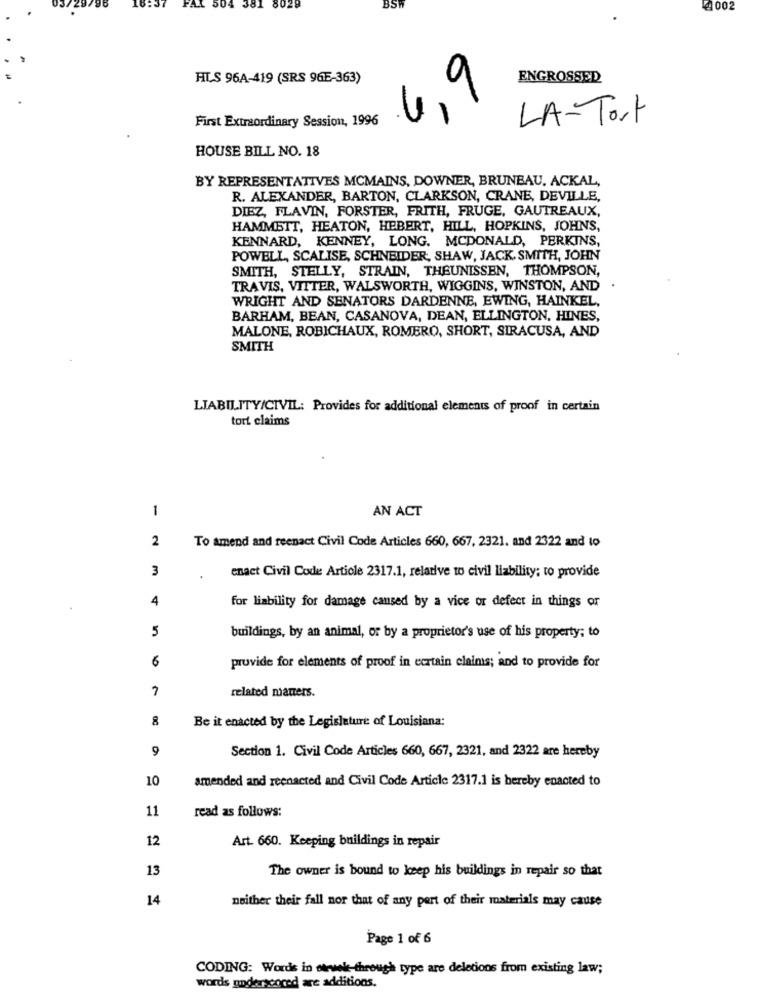
3029
504 38.
BSW
4. 002
HUS 96A-419 (SRS 96E-363)
ENGROSSED
6,9
First Extraordinary Session, 1996
LA-Tost
HOUSE BILL NO. 18
BY REPRESENTATIVES MCMAINS, DOWNER, BRUNBAU. ACKAL,
R. ALEXANDER, BARTON, CLARKSON, CRANE, DEVILLE,
DIEZ, FLAVIN, FORSTER, FRITH, FRUGE, GAUTREAUX,
HAMMETT, HEATON, HEBERT, HILL, HOPKINS, JOHNS,
KENNARD, KENNEY, LONG. MCDONALD, PERKINS,
POWELL, SCALISE, SCHNEIDER, SHAW, JACK. SMITH, JOHN
SMITH, STELLY, STRAIN, THEUNISSEN, THOMPSON,
TRAVIS, VITTER, WALSWORTH, WIGGINS, WINSTON, AND
WRIGHT AND SENATORS DARDENNE, EWING, HAINKEL,
BARHAM, BEAN, CASANOVA, DEAN, ELLINGTON, HINES,
MALONE, ROBICHAUX, ROMERO, SHORT, SIRACUSA, AND
SMITH
LIABILITY/CIVIL: Provides for additional elements of proof in certain
tort claims
1
AN ACT
2
To amend and reenact Civil Code Articles 660, 667, 2321. and 2322 and to
3
enact Civil Code Article 2317.1, relative to civil liability; to provide
4
for liability for damage caused by a vice or defect in things or
5
buildings, by an animal, or by a proprietor's use of his property; to
6
provide for elements of proof in certain claims; and to provide for
7
related matters.
8
Be it enacted by the Legislature of Louisiana:
9
Section 1. Civil Code Articles 660, 667, 2321, and 2322 are hereby
10
amended and reenacted and Civil Code Article 2317.] is hereby enacted to
11
read as follows:
12
Art. 660. Keeping buildings in repair
13
The owner is bound to keep his buildings in repair so that
14
neither their fall nor that of any pert of their materials may cause
Page 1 of 6
CODING: Words in strweke-through type are deletions from existing law;
words underscored are additions.